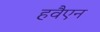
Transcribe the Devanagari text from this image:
हवैएन